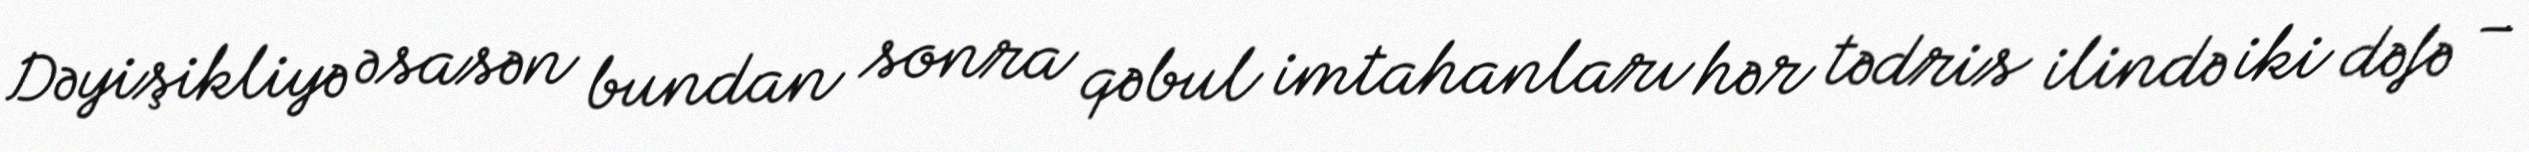
Dəyişikliyə əsasən bundan sonra qəbul imtahanları hər tədris ilində iki dəfə –